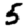
Digit: 5